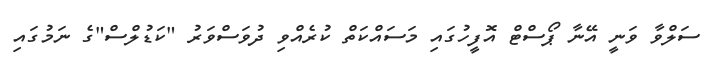
ސަލްވާ ވަނީ އޭނާ ޕޯސްޓް އޮފީހުގައި މަސައްކަތް ކުރެއްވި ދުވަސްވަރު "ކަޑުލްސް"ގެ ނަމުގައި